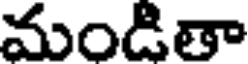
మండితా